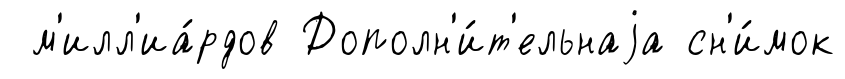
м'илл'иа́рдов Дополн'и́т'ельнаjа сн'и́мок